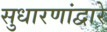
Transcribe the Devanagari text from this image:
सुधारणांद्वारे